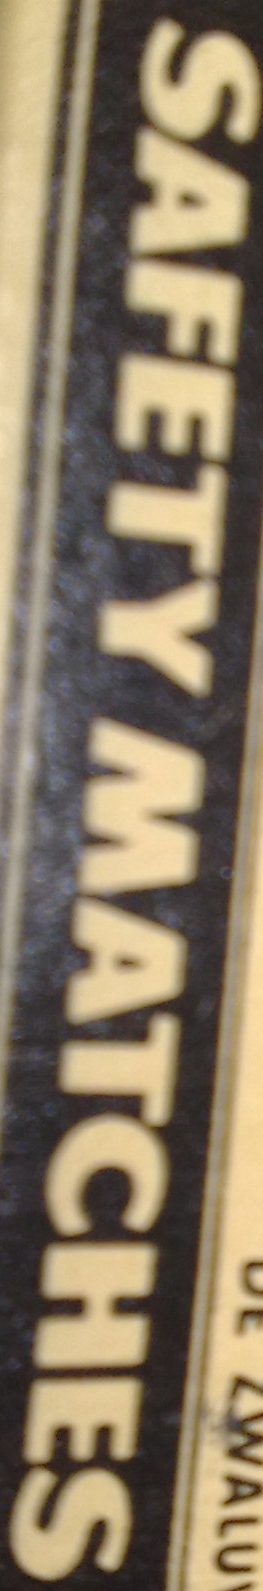
SAFETY MATCHES